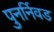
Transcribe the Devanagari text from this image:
पुनर्निवड